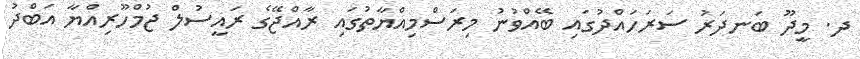
ދ. މީދޫ ބަނދަރު ސަރަހައްދުގައި ބޭއްވުނު މިރަސްމިއްޔާތުގައި ރާއްޖޭގެ ރައީސުލް ޖުމްހޫރިއްޔާ އަބްދު